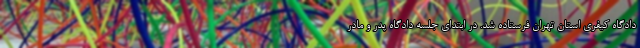
دادگاه کیفری استان تهران فرستاده شد. در ابتدای جلسه دادگاه پدر و مادر